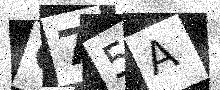
Text: C75A